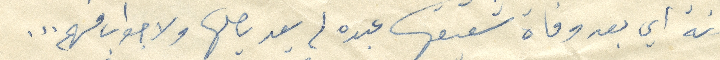
سنة أي بعد وفاة شقيقها عبده لم يعد يصلها ولا جواب منهم...